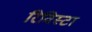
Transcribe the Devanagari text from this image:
रिविस्टा